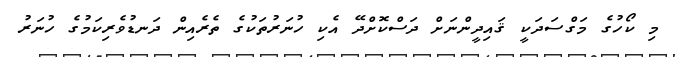
މި ކޯހުގެ މަގްސަދަކީ ޤައިދީންނަށް ދަސްކޮށްދޭ އެކި ހުނަރުތަކުގެ ތެރެއިން ދަނޑުވެރިކަމުގެ ހުނަރު